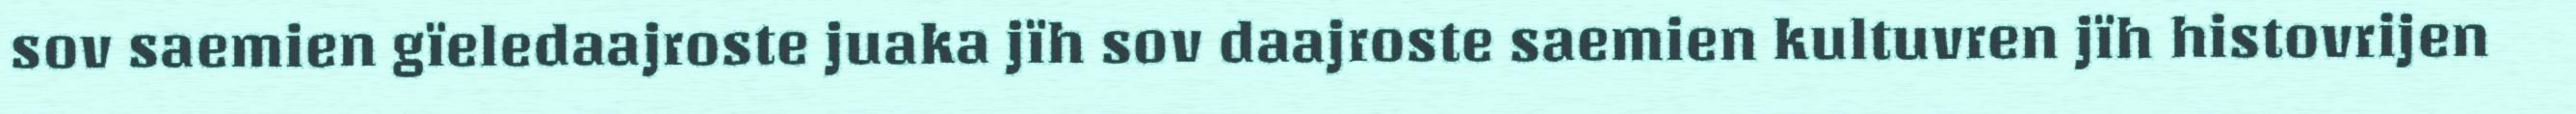
sov saemien gïeledaajroste juaka jïh sov daajroste saemien kultuvren jïh histovrijen